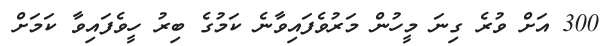
300 އަށް ވުރެ ގިނަ މީހުން މަރުވެފައިވާނެ ކަމުގެ ބިރު ހީވެފައިވާ ކަމަށް